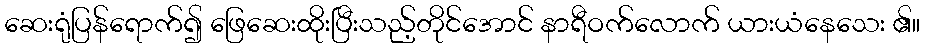
ဆေးရုံပြန်ရောက်၍ ဖြေဆေးထိုးပြီးသည့်တိုင်အောင် နာရီဝက်လောက် ယားယံနေသေး ၏။